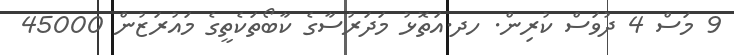
9 މަސް 4 ދުވަސް ކުރިން. ހދ.އަތޮޅު މަދަރުސާގެ ކާބޯތަކެތީގެ މައުރަޒުން 45000